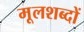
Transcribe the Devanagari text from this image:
मूलशब्दों